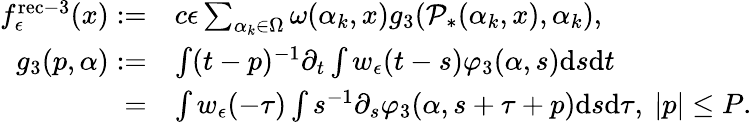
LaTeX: \begin{array}{rl}{f_{\epsilon}^{\mathrm{rec-3}}(x):=}&{c\epsilon\sum_{\alpha_{k}\in\Omega}\omega(\alpha_{k},x)g_{3}(\mathcal P_{*}(\alpha_{k},x),\alpha_{k}),}\\ {g_{3}(p,\alpha):=}&{\int(t-p)^{-1}\partial_{t}\int w_{\epsilon}(t-s)\varphi_{3}(\alpha,s)\mathrm{d}s\mathrm{d}t}\\ {=}&{\int w_{\epsilon}(-\tau)\int s^{-1}\partial_{s}\varphi_{3}(\alpha,s+\tau+p)\mathrm{d}s\mathrm{d}\tau,\ |p|\le P.}\end{array}